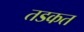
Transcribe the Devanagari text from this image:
तडकत